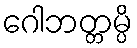
ဂေါဘတ္တမ္ပိ